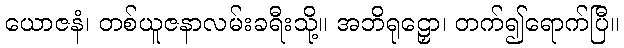
ယောဇနံ၊ တစ်ယူဇနာလမ်းခရီးသို့။ အဘိရုဠှော၊ တက်၍ရောက်ပြီ။